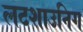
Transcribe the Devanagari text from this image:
लटशाउनिग